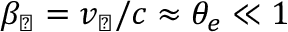
\beta _ { \perp } = v _ { \perp } / c \approx \theta _ { e } \ll 1